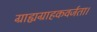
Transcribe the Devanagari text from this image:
ग्राह्यग्राहकवर्जता।